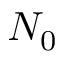
N _ { 0 }